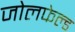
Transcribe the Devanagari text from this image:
जोलफेल्ड